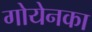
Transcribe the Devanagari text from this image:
गोयेनका